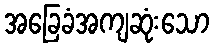
အခြေခံအကျဆုံးသော